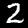
Label: 2